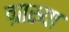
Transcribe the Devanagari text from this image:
ग्रास्या